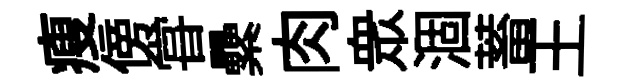
瘦傍甞纍肉衆涸蓄王